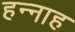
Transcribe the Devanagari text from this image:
हन्नाह